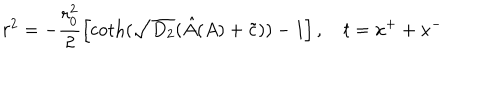
r ^ { 2 } = - \frac { r _ { 0 } ^ { 2 } } { 2 } \left[ \coth ( \sqrt { D _ { 2 } } ( \hat { A } ( A ) + \tilde { c } ) ) - 1 \right] , ~ t = x ^ { + } + x ^ { - }